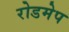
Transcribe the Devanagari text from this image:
रोडमेप